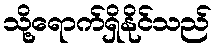
သို့ရောက်ရှိနိုင်သည်